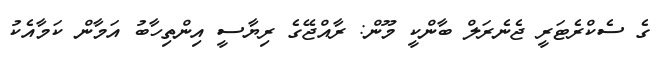
ގެ ސެކްރެޓަރީ ޖެނެރަލް ބާންކީ މޫން: ރާއްޖޭގެ ރިޔާސީ އިންތިހާބު އަމާން ކަމާއެކު